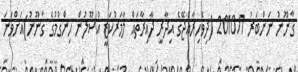
ޤާނޫނު ނަންބަރު 2010/7 (ދިވެހިރާއްޖޭގެ އިދާރީ ދާއިރާތައް ލާމަރުކަޒީ އުސޫލުން ހިންގުމުގެ ޤާނޫނު)އަށްވަނަ